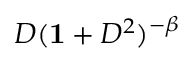
D ( { \bf 1 } + D ^ { 2 } ) ^ { - \beta }